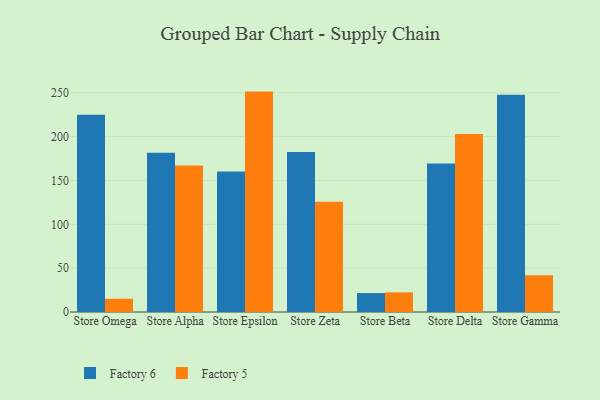
{"axis": {"x": "Store", "y": "Temperature (°C)"}, "legend": ["Factory 5", "Factory 6"], "data": [{"x": "Store Omega", "y": 224.8, "type": "Factory 6"}, {"x": "Store Omega", "y": 15.1, "type": "Factory 5"}, {"x": "Store Alpha", "y": 181.7, "type": "Factory 6"}, {"x": "Store Alpha", "y": 166.9, "type": "Factory 5"}, {"x": "Store Epsilon", "y": 160.3, "type": "Factory 6"}, {"x": "Store Epsilon", "y": 251.3, "type": "Factory 5"}, {"x": "Store Zeta", "y": 182.4, "type": "Factory 6"}, {"x": "Store Zeta", "y": 125.6, "type": "Factory 5"}, {"x": "Store Beta", "y": 21.6, "type": "Factory 6"}, {"x": "Store Beta", "y": 22.4, "type": "Factory 5"}, {"x": "Store Delta", "y": 169.3, "type": "Factory 6"}, {"x": "Store Delta", "y": 202.9, "type": "Factory 5"}, {"x": "Store Gamma", "y": 247.6, "type": "Factory 6"}, {"x": "Store Gamma", "y": 41.9, "type": "Factory 5"}]}